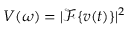
V ( \omega ) = | \mathcal { F } \{ v ( t ) \} | ^ { 2 }